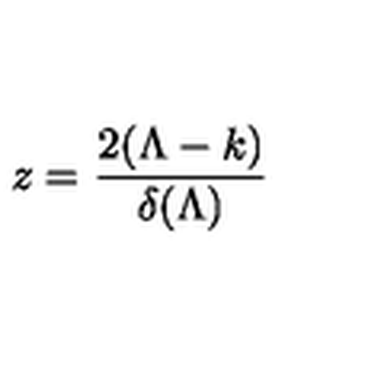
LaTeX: z = \frac { 2 ( \Lambda - k ) } { \delta ( \Lambda ) }